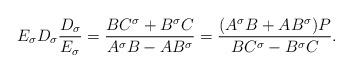
LaTeX: \begin{align*}E_\sigma D_\sigma \frac{D_\sigma}{E_\sigma}=\frac{BC^\sigma+B^\sigma C}{A^\sigma B-AB^\sigma}=\frac{(A^\sigma B+AB^\sigma)P}{BC^\sigma-B^\sigma C}.\end{align*}